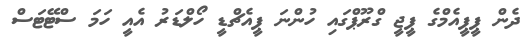
ދެން ޕީޕީއެމްގެ ޕީޖީ ގްރޫޕްގައި ހުންނަ ޕީއެޗްޑީ ހޯލްޑަރު އެއީ ހަމަ ސްޓޭޓަސް